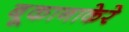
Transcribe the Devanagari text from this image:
बूकानाकेरे